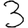
Digit: 3